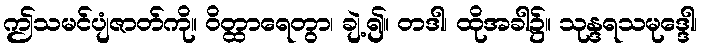
ဤသမင်ပျံဇာတ်ကို။ ဝိတ္ထာရေတွာ၊ ချဲ့၍။ တဒါ၊ ထိုအခါ၌။ သုန္ဒရသမုဒ္ဒေါ၊